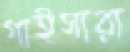
গাইসারা